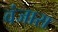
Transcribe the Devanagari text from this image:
वंजारा